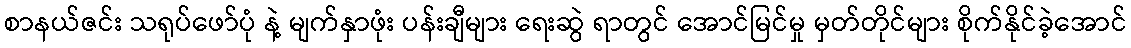
စာနယ်ဇင်း သရုပ်ဖော်ပုံ နဲ့ မျက်နှာဖုံး ပန်းချီများ ရေးဆွဲ ရာတွင် အောင်မြင်မှု မှတ်တိုင်များ စိုက်နိုင်ခဲ့အောင်